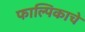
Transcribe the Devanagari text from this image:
फाल्पिकाचे